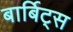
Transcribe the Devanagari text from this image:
बार्बिट्स